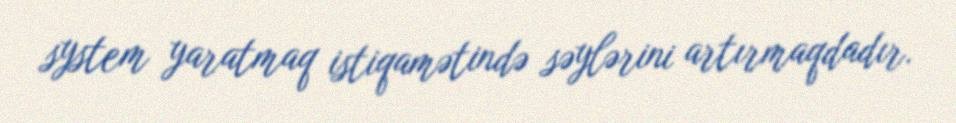
system yaratmaq istiqamətində səylərini artırmaqdadır.